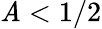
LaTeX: \mathit{A}<1/2